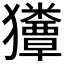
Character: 𰡬